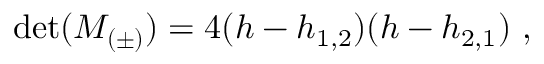
\operatorname * { d e t } ( { \cal M } _ { ( \pm ) } ) = 4 ( h - h _ { 1 , 2 } ) ( h - h _ { 2 , 1 } ) { } ~ ,